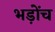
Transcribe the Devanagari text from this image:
भड़ोंच